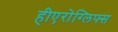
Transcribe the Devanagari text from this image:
हीएरोग्लिफ्स